Juuru_vallavalitsus, lk 9
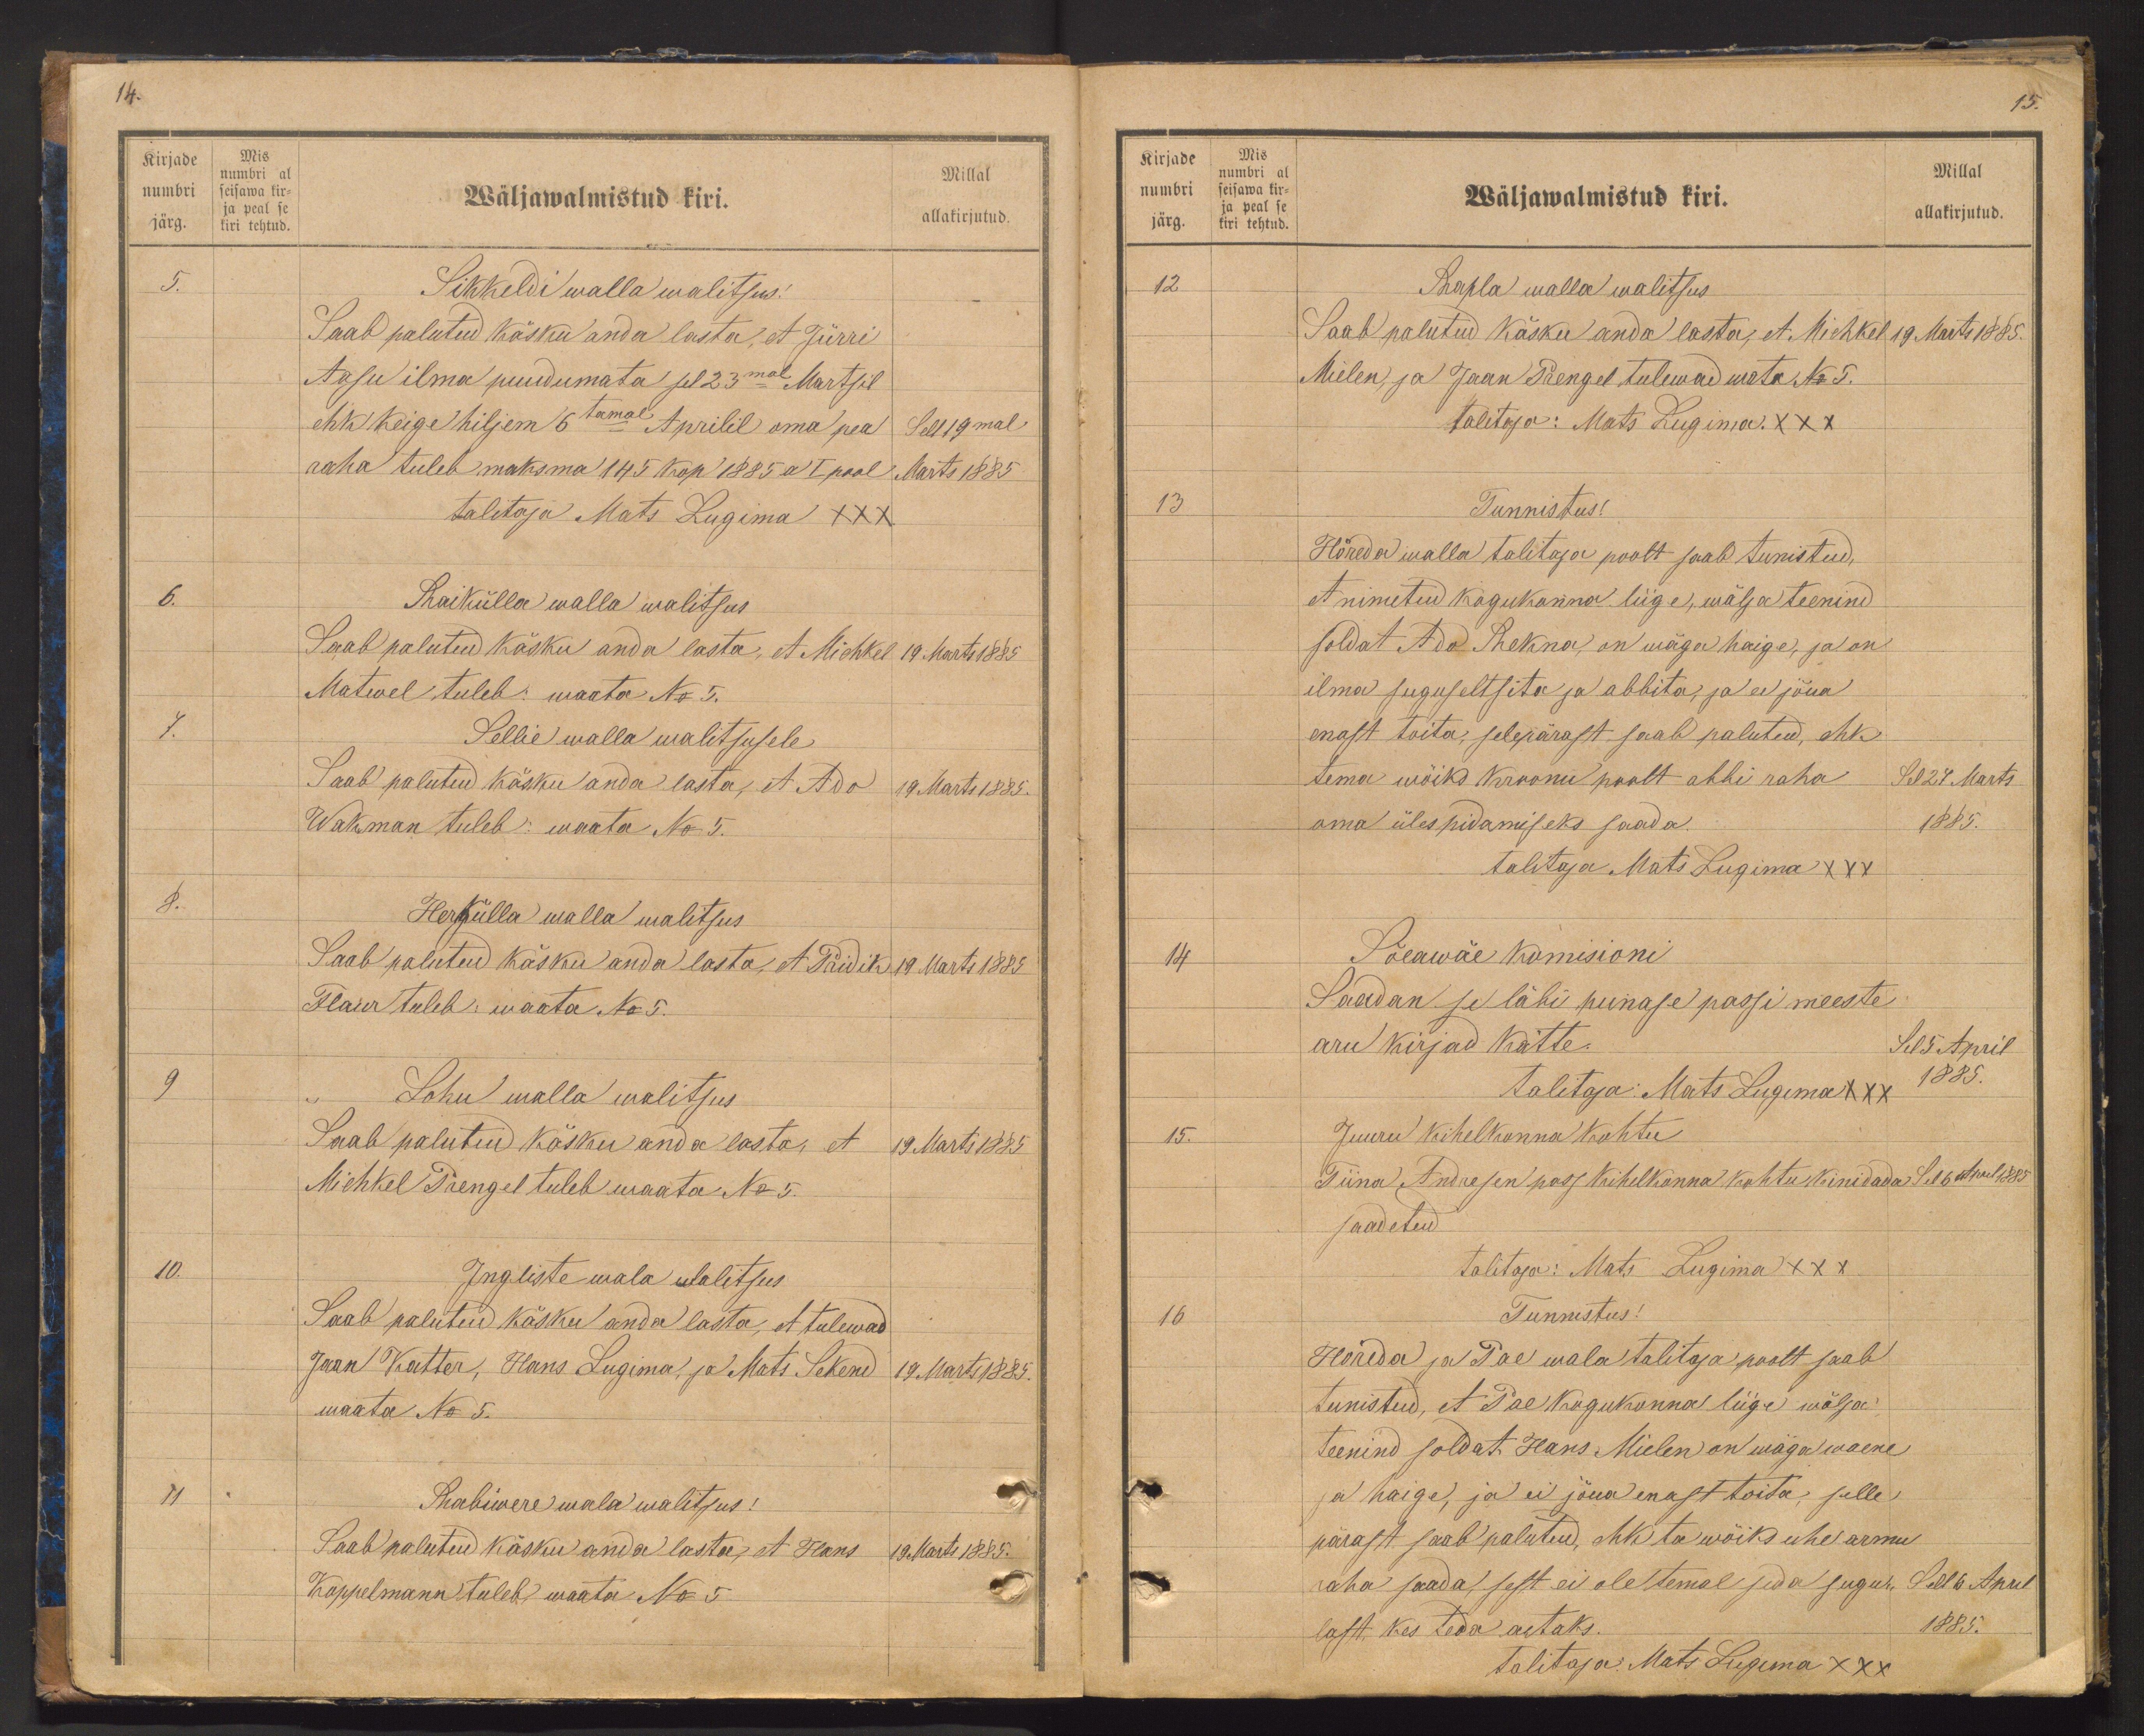
Kirjade Mis
numbri al
numbri seisawa kir-
ja peal se
järg. kiri tehtud.

Millal
allakirjutud.
Wäljawalmistud kiri.
5.
Sikkeldi walla walitsus!
Saab palutud käsku anda lasta, et Jürri
Aasu ilma puudumata sel 23mal Martsil
ehk keige hiljem 6tamal Aprilil oma pea Sell 19mal
raha tuleb maksma 145 kop 1885 a I pool Marts 1885.
talitaja Mats Lugima XXX
6.
Raikülla walla walitsus
Saab palutud käsku anda lasta, et Michkel 19. Marts 1885
Matwel tuleb: waata No 5.
7.
Sellie walla walitsusele
Saab palutud käsku anda lasta, et Ado 19. Marts 1885.
Wakman tuleb: waata No 5.
8.
Herkülla walla walitsus
Saab palutud käsku anda lasta, et Priidik 19 Marts 1885
Plaur tuleb: waata No 5.
9
Sohu walla walitsus
Saab palutud käsku anda lasta, et 19 Märts 1885
Michkel Trengel tuleb waata No 5.
10.
Ingliste wala walitsus
Saab palutud käsku anda lasta, et tulewad
Jaan Katter, Hans Lugima, ja Mats Sekend 19. Marts 1885.
waata No 5
11
Rabiwere wala walitsus!
Saab palutud käsku anda lasta, et Hans 19. Marts 1885.
Koppelmann tuleb waata No 5

Kirjade Mis
numbri al
numbri seisawa kir-
ja peal se
järg. kiri tehtud.

15.
Millal
Wäljawalmistud kiri.
allakirjutud.
12
Rapla walla walitsus
Saab palutud käsku anda lasta, et Michkel 19. Marts 1885.
Mielen, ja Jaan Prengel tulewad wata No 5.
talitaja: Mats Lugima. XXX
13
Tunnistus!
Hõreda walla talitaja poolt saab tunistud,
et nimetud kogukonna liige, wälja teenind
soldat Ado Thekna, on wäga haige, ja on
ilma suguseltsita ja abbita, ja ei jõua
enast toita, selepärast saab palutud, ehk
tema wõiks Kroonu poolt abbi raha
oma ülespidamiseks saada.
Sel 27 Märts
1885.
talitaja Mats Lugima XXX
14
Sõeawäe komisioni
Saadan se läbi punase passi meeste
aru kirjad kätte.
Sel 5 April
talitaja: Mats Lugima XXX
1885.
15.
Juuru kihelkonna kohtu
Tiina Andresen pass kihelkonna kohtu kinidada Sel 6 April 1885
saadetud
talitaja: Mats Lugima XXX
16
Tunnistus!
Hõreda ja Pae wala talitaja poolt saab
tunistud, et Pae Kogukonna liige wälja
Teenind soldat, Hans Mielen on wäga waene
ja haige, ja ei jõua ennast toita, selle
pärast saab palutud, ehk ta wõiks ühe armu
raha saada, sest ei ole temal seda sugu- Sell 6 April
last, kes teda aitaks.
1885.
talitaja: Mats Lugima XXX